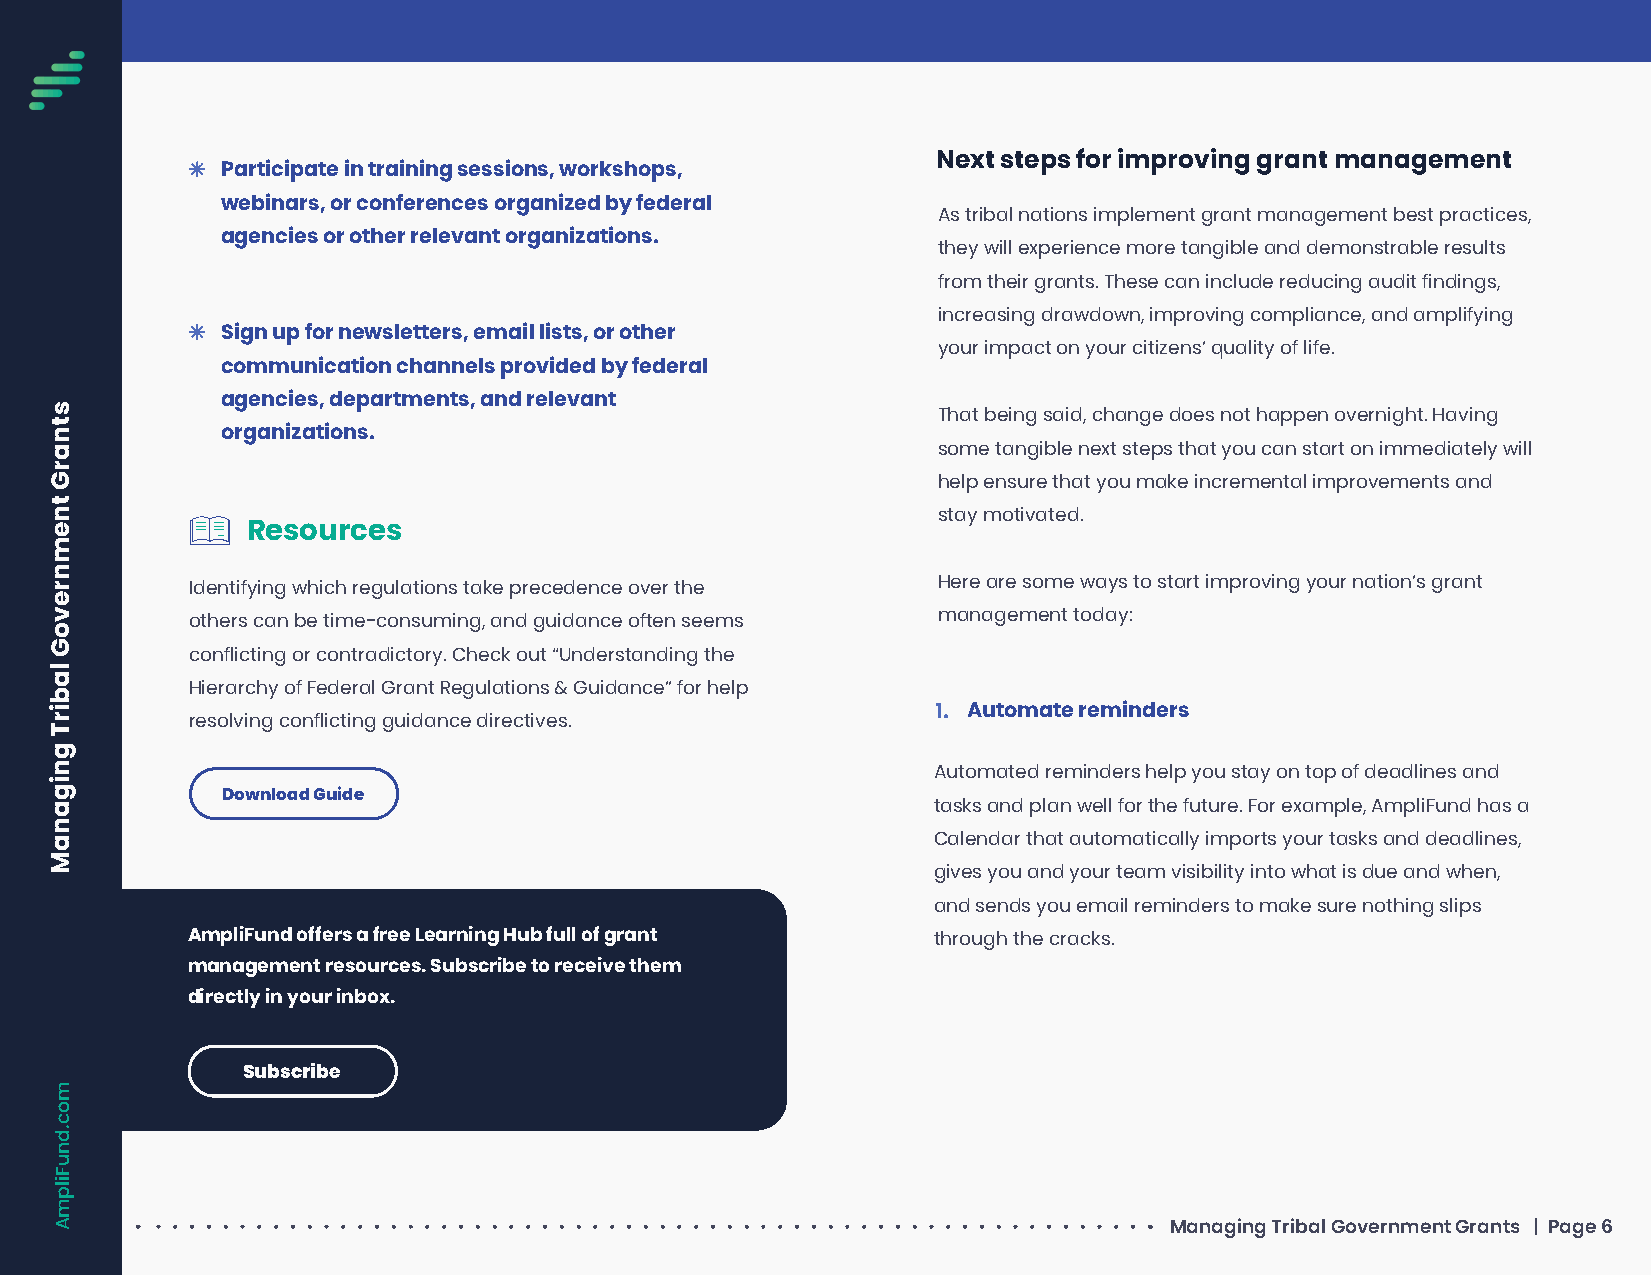
Next steps for improving grant management
 Participate in training sessions, workshops,
 webinars, or conferences organized by federal
 As tribal nations implement grant management best practices,
 agencies or other relevant organizations.
 they will experience more tangible and demonstrable results
 from their grants. These can include reducing audit findings,
 increasing drawdown, improving compliance, and amplifying
 Sign up for newsletters, email lists, or other
 your impact on your citizens’ quality of life.
 communication channels provided by federal
 agencies, departments, and relevant
 That being said, change does not happen overnight. Having
 organizations.
 some tangible next steps that you can start on immediately will
 help ensure that you make incremental improvements and
 stay motivated.
 Resources
 Identifying which regulations take precedence over the Here are some ways to start improving your nation’s grant
 others can be time-consuming, and guidance often seems management today:
 conflicting or contradictory. Check out “Understanding the
 Hierarchy of Federal Grant Regulations & Guidance” for help
 1. Automate reminders
 resolving conflicting guidance directives.
 Automated reminders help you stay on top of deadlines and
 Download Guide
 tasks and plan well for the future. For example, AmpliFund has a
 Calendar that automatically imports your tasks and deadlines,
 gives you and your team visibility into what is due and when,
 and sends you email reminders to make sure nothing slips
 AmpliFund offers a free Learning Hub full of grant through the cracks.
 management resources. Subscribe to receive them
 directly in your inbox.
 Subscribe
 Managing Tribal Government Grants | Page 6
 stnarG
 tnemnrevoG
 labirT
 gniganaM
 moc.dnuFilpmA